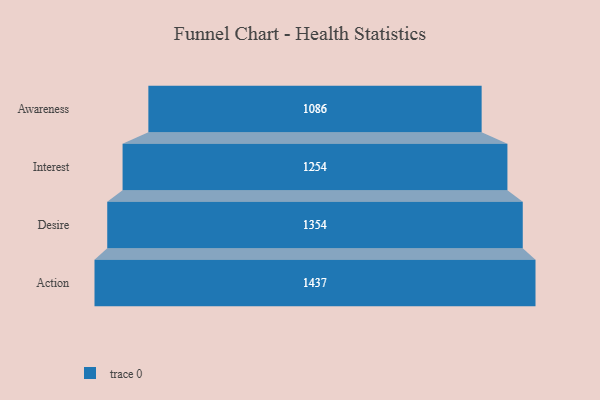
{"axis": {"x": "Stage", "y": "Value"}, "legend": [""], "data": [{"x": "Awareness", "y": 1086.0, "type": ""}, {"x": "Interest", "y": 1254.0, "type": ""}, {"x": "Desire", "y": 1354.0, "type": ""}, {"x": "Action", "y": 1437.0, "type": ""}]}